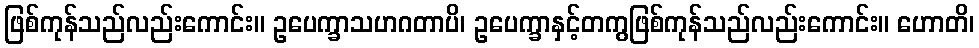
ဖြစ်ကုန်သည်လည်းကောင်း။ ဥပေက္ခာသဟဂတာပိ၊ ဥပေက္ခာနှင့်တကွဖြစ်ကုန်သည်လည်းကောင်း။ ဟောတိ၊